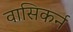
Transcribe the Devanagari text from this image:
वासिकर्न